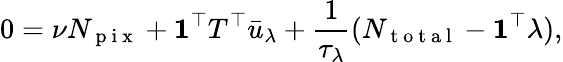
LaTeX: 0=\nu N_{\mathrm{~p~i~x~}}+\mathbf{1}^{\top}T^{\top}\bar{u}_{\lambda}+\frac{1}{\tau_{\lambda}}(N_{\mathrm{~t~o~t~a~l~}}-\mathbf{1}^{\top}\lambda),